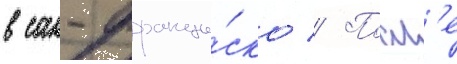
в сан-франци́ско // Посл'е